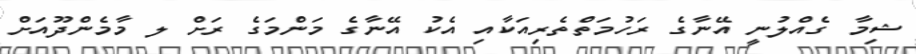
ޝިމާ ގެއްލުނީ އޭނާގެ ރަހުމަތްތެރިއަކާއި އެކު އޭނާގެ މަންމަގެ ރަށް ލ މާމެންދޫއަށް